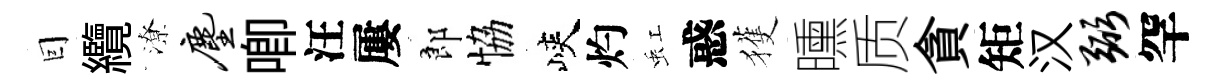
囙纜潦尘唧汪屢郎恊峽灼虹惑獲曛质貪矩汉弼罕